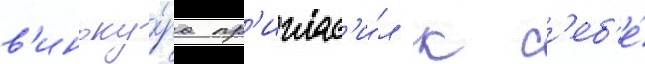
в'иноку́ра пр'иглас'и́л к с'еб'е́